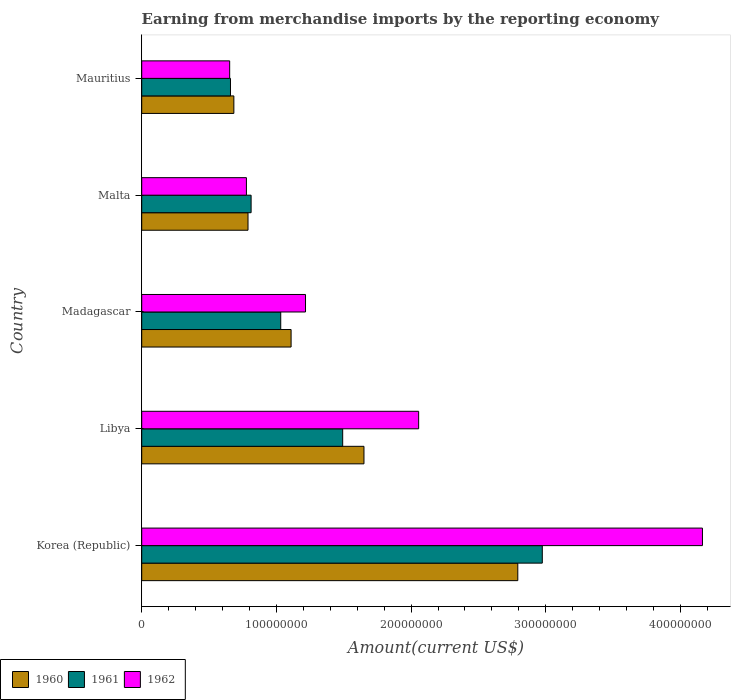
| Country | 1960 | 1961 | 1962 |
 | --- | --- | --- | --- |
 | Korea (Republic) | 2.79e+08 | 2.97e+08 | 4.16e+08 |
 | Libya | 1.65e+08 | 1.49e+08 | 2.06e+08 |
 | Madagascar | 1.11e+08 | 1.03e+08 | 1.22e+08 |
 | Malta | 7.89e+07 | 8.12e+07 | 7.77e+07 |
 | Mauritius | 6.84e+07 | 6.59e+07 | 6.53e+07 |